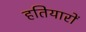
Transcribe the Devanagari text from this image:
हतियारों